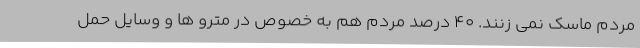
مردم ماسک نمی زنند. ۴۰ درصد مردم هم به خصوص در مترو ها و وسایل حمل